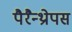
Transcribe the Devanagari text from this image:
पैरैन्थ्रोपस